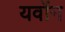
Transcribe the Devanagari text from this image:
यवोंन